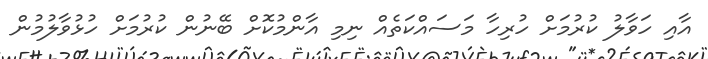
އާއި ހަވާލު ކުރުމަށް ހުރިހާ މަސައްކަތެއް ނިމި އާންމުކޮށް ބޭނުން ކުރުމަށް ހުޅުވާލުމުން